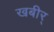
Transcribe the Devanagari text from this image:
खबीर्